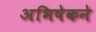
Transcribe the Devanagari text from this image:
अभिषेकने